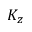
K _ { z }